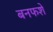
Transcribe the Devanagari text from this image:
बनफशे